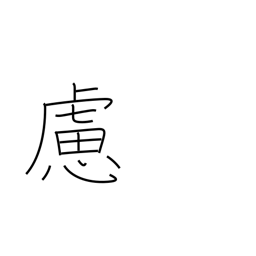
Meaning: prudence